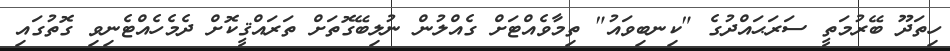
ހިތަދޫ ބޭރުމަތީ ސަރަޙައްދުގެ "ކިނބިވައު" ތިމާވެއްޓަށް ގެއްލުން ނުލިބޭގޮތަށް ތަރައްޤީކޮށް ދެމެހެއްޓެނިވި ގޮތުގައި